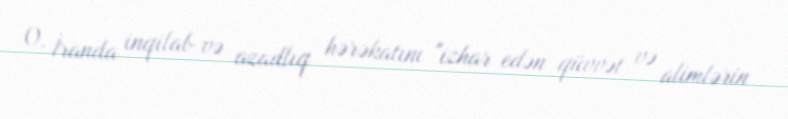
O, İranda inqilab və azadlıq hərəkatını "izhar edən qüvvət və alimlərin